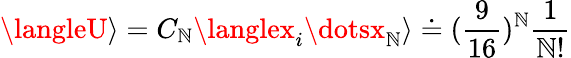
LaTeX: \langleU\rangle=C_{\mathbb{N}}\langlex_{i}\dotsx_{\mathbb{N}}\rangle\doteq(\frac{{9}}{{16}})^{\mathbb{N}}\frac{{1}}{{\mathbb{N}!}}